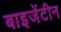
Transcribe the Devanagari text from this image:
बाइजेंटीन